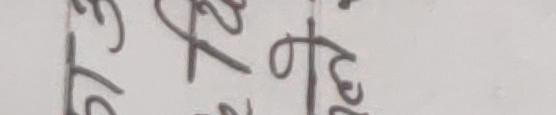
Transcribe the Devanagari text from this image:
कारटोछो